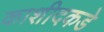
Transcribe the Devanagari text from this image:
काशीदकडे